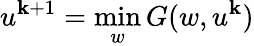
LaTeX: u^{\mathbf{k}+1}=\operatorname*{min}_{w}G(w,u^{\mathbf{k}})